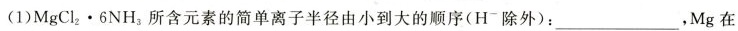
(1)MgCl_{2}\cdot 6NH_{3}所含元素的简单离子半径由小到大的顺序(H^{-}除外)：___，Mg在